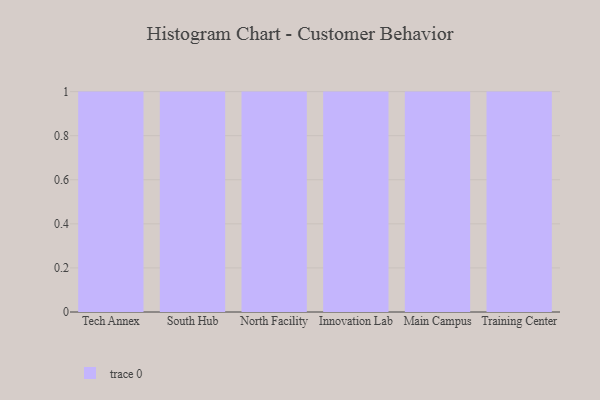
{"axis": {"x": "Campus", "y": "Customer Acquisition Cost (USD)"}, "legend": [""], "data": [{"x": "Tech Annex", "y": 84, "type": ""}, {"x": "South Hub", "y": 85, "type": ""}, {"x": "North Facility", "y": 78, "type": ""}, {"x": "Innovation Lab", "y": 71, "type": ""}, {"x": "Main Campus", "y": 20, "type": ""}, {"x": "Training Center", "y": 96, "type": ""}]}